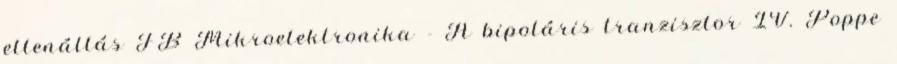
ellenállás FB Mikroelektronika - A bipoláris tranzisztor IV. Poppe